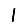
Digit: 1